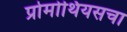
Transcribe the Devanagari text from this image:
प्रोमोथियसचा